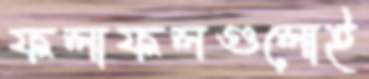
ফলাফলগুলোই